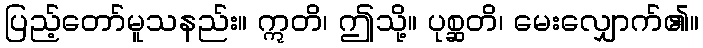
ပြည့်တော်မူသနည်း။ ဣတိ၊ ဤသို့။ ပုစ္ဆတိ၊ မေးလျှောက်၏။